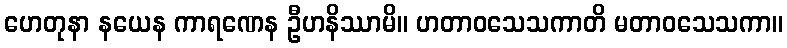
ဟေတုနာ နယေန ကာရဏေန ဦဟနိဿာမိ။ ဟတာဝသေသကာတိ မတာဝသေသကာ။